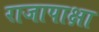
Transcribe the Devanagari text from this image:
राजापाक्षा